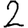
Digit: 2